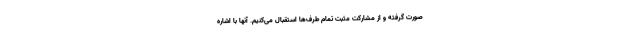
صورت گرفته و از مشارکت مثبت تمام طرف‌ها استقبال می‌کنیم. آنها با اشاره